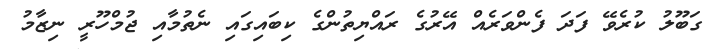
ގަބޫލު ކުރެވޭ ފަދަ ފެންވަރެއް އޭރުގެ ރައްޔިތުންގެ ކިބައިގައި ނެތުމާއި ޖުމްހޫރީ ނިޒާމު